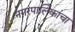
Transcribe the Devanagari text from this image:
नगरपालिकांचा